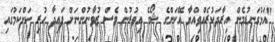
"އަޅުގަނޑުމެން އިރާދަކުރެއްވިއްޔާ އޭކަންގެ ޝޯގެ އިތުރުން ވެސް ޒުވާނުންނަށް ފައިދާ ހުރި ކަންކަމުގައި